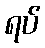
ရပ်